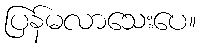
ပြန်မလာသေးပေ။